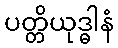
ပတ္တိယုဒ္ဓါနံ